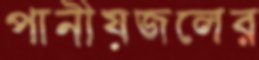
পানীয়জলের